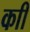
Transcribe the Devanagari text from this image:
काी